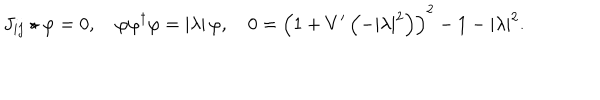
J _ { i j } \star \varphi = 0 , \quad \varphi \varphi ^ { \dagger } \varphi = \left| \lambda \right| \varphi , \quad 0 = \left( 1 + V ^ { \prime } \left( - \left| \lambda \right| ^ { 2 } \right) \right) ^ { 2 } - 1 - \left| \lambda \right| ^ { 2 } .